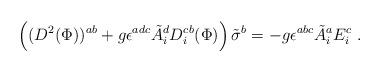
LaTeX: \begin{align*}\left((D^2({\Phi}))^{ab} +g\epsilon^{adc}{\tilde A}^{d}_i D_i^{cb}({\Phi}) \right) \tilde \sigma^b = - g\epsilon^{abc}{\tilde A}_i^{a} E_i^{c}~.\end{align*}